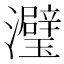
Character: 𬉭